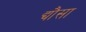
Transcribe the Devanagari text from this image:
द्यौसा